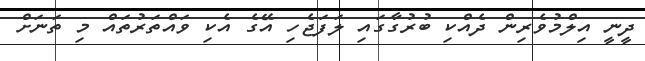
ދީނީ އިލްމުވެރިން ދެއްކި ބުރުގާގައި ލަފަޖެހި އޭގެ އެކި ވައްތަރުތައް މި ތަނަށް